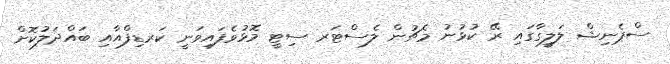
ސްޕެނިޝް ލަލީގާގައި ރޭ ކުޅުނު މެޗުން ލެސްޓަރ ސިޓީ މޮޅުވެފައިވަނީ ކަރޑިފްއާއި ބައްދަލުކޮށް